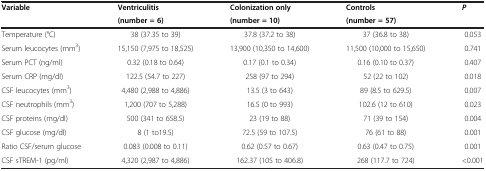
<table><thead><tr><td rowspan="2"><b>Variable</b></td><td><b>Ventriculitis</b></td><td><b>Colonization only</b></td><td><b>Controls</b></td><td rowspan="2"><b><i>P</i></b></td></tr><tr><td><b>(number = 6)</b></td><td><b>(number = 10)</b></td><td><b>(number = 57)</b></td></tr></thead><tbody><tr><td>Temperature (°C)</td><td>38 (37.35 to 39)</td><td>37.8 (37.2 to 38)</td><td>37 (36.8 to 38)</td><td>0.053</td></tr><tr><td>Serum leucocytes (mm<sup>3</sup>)</td><td>15,150 (7,975 to 18,525)</td><td>13,900 (10,350 to 14,600)</td><td>11,500 (10,000 to 15,650)</td><td>0.741</td></tr><tr><td>Serum PCT (ng/ml)</td><td>0.32 (0.18 to 0.64)</td><td>0.17 (0.1 to 0.34)</td><td>0.16 (0.10 to 0.37)</td><td>0.407</td></tr><tr><td>Serum CRP (mg/dl)</td><td>122.5 (54.7 to 227)</td><td>258 (97 to 294)</td><td>52 (22 to 102)</td><td>0.018</td></tr><tr><td>CSF leucocytes (mm<sup>3</sup>)</td><td>4,480 (2,988 to 4,886)</td><td>13.5 (3 to 643)</td><td>89 (8.5 to 629.5)</td><td>0.007</td></tr><tr><td>CSF neutrophils (mm<sup>3</sup>)</td><td>1,200 (707 to 5,288)</td><td>16.5 (0 to 993)</td><td>102.6 (12 to 610)</td><td>0.023</td></tr><tr><td>CSF proteins (mg/dl)</td><td>500 (341 to 658.5)</td><td>23 (19 to 88)</td><td>71 (39 to 154)</td><td>0.004</td></tr><tr><td>CSF glucose (mg/dl)</td><td>8 (1 to19.5)</td><td>72.5 (59 to 107.5)</td><td>76 (61 to 88)</td><td>0.001</td></tr><tr><td>Ratio CSF/serum glucose</td><td>0.083 (0.008 to 0.11)</td><td>0.62 (0.57 to 0.67)</td><td>0.63 (0.47 to 0.75)</td><td>0.001</td></tr><tr><td>CSF sTREM-1 (pg/ml)</td><td>4,320 (2,987 to 4,886)</td><td>162.37 (105 to 406.8)</td><td>268 (117.7 to 724)</td><td>&lt;0.001</td></tr></tbody></table>